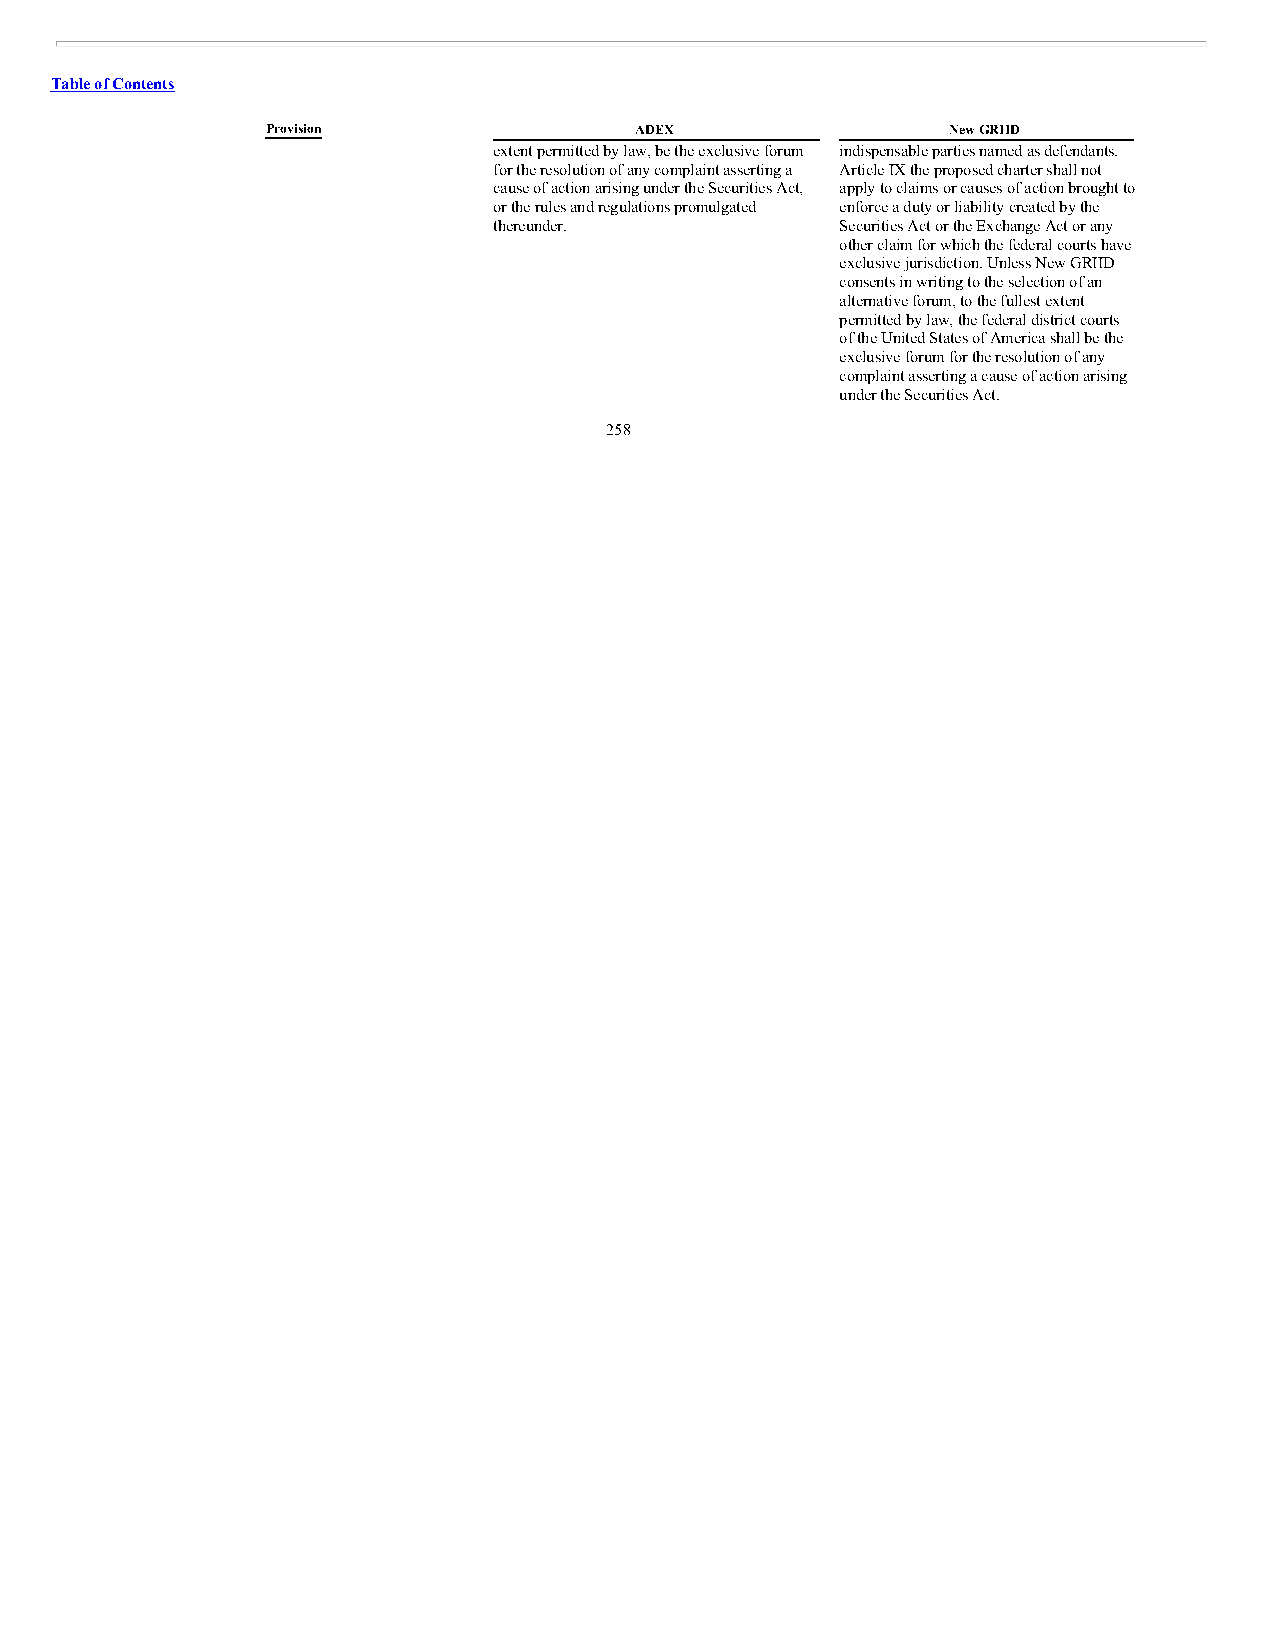
Table of Contents
 Provision               ADEX                 New GRIID
 extent permitted by law, be the exclusive forum indispensable parties named as defendants.
 for the resolution of any complaint asserting a Article IX the proposed charter shall not
 cause of action arising under the Securities Act, apply to claims or causes of action brought to
 or the rules and regulations promulgated enforce a duty or liability created by the
 thereunder.            Securities Act or the Exchange Act or any
 other claim for which the federal courts have
 exclusive jurisdiction. Unless New GRIID
 consents in writing to the selection of an
 alternative forum, to the fullest extent
 permitted by law, the federal district courts
 of the United States of America shall be the
 exclusive forum for the resolution of any
 complaint asserting a cause of action arising
 under the Securities Act.
 258